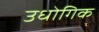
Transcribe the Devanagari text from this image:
उधोगिक